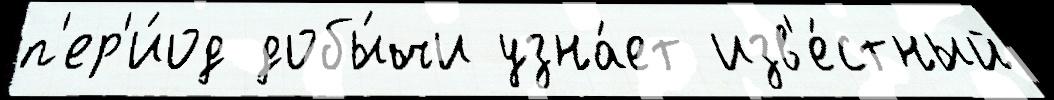
п'ер'и́од добы́чи узна́ет изв'е́стный